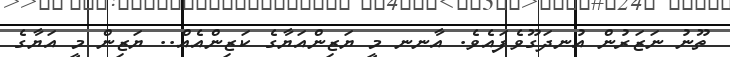
ތޫނު ނަޒަރުން އުނދަގޫވެފައެވެ. އާނނ މީ ޔަޒިންއަޔާގެ ކަޒިންއެއް.. ޔަޒިން މީ އަޔާގެ